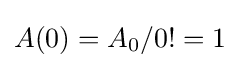
A(0)=A_{0}/0!=1